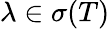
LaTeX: \lambda\in\sigma(T)